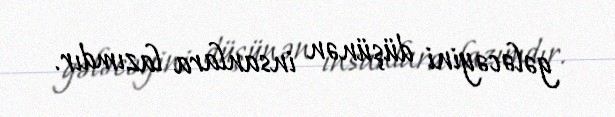
gələcəyini düşünən insanlara lazımdır.